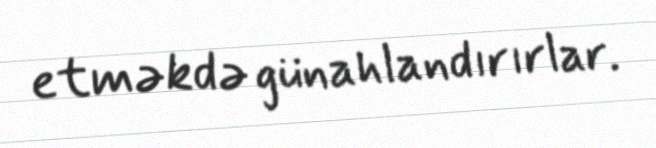
etməkdə günahlandırırlar.